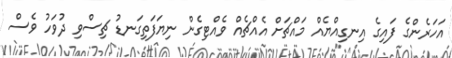
އަހަރެންގެ ފައިގެ އިނގިއްޔެއް މައްޗަށް އެއްޗެއް ވެއްޓިގެން ނިޔަފަތިގަނޑު ޗިސްވި ދުވަހު ވެސް